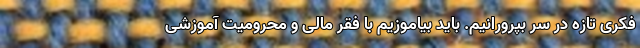
فکری تازه در سر بپرورانیم. باید بیاموزیم با فقر مالی و محرومیت آموزشی